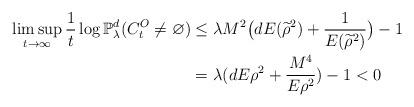
LaTeX: \begin{align*}\limsup_{t\rightarrow\infty}\frac{1}{t}\log \mathbb{P}_{\lambda}^d(C_t^O\neq\varnothing)&\leq\lambda M^2\big(dE({\widetilde{\rho}}^2)+\frac{1}{E({\widetilde{\rho}}^2)}\big)-1\\&=\lambda(dE{\rho}^2+\frac{M^4}{E{\rho}^2})-1<0\end{align*}